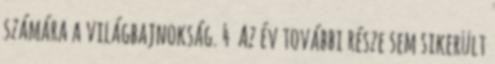
számára a világbajnokság. 4 Az év további része sem sikerült